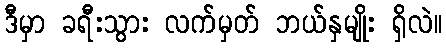
ဒီမှာ ခရီးသွား လက်မှတ် ဘယ်နှမျိုး ရှိလဲ။